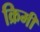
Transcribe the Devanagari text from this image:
क्रिमी